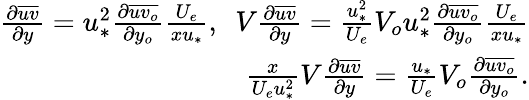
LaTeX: \begin{array}{r}{\frac{\partial\overline{{uv}}}{\partial y}=u_{*}^{2}\frac{\partial\overline{{uv_{o}}}}{\partial y_{o}}\frac{U_{e}}{xu_{*}},\ \ V\frac{\partial\overline{{uv}}}{\partial y}=\frac{u_{*}^{2}}{U_{e}}V_{o}u_{*}^{2}\frac{\partial\overline{{uv_{o}}}}{\partial y_{o}}\frac{U_{e}}{xu_{*}}}\\ {\frac{x}{U_{e}u_{*}^{2}}V\frac{\partial\overline{{uv}}}{\partial y}=\frac{u_{*}}{U_{e}}V_{o}\frac{\partial\overline{{uv_{o}}}}{\partial y_{o}}.}\end{array}